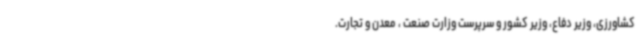
کشاورزی، وزیر دفاع، وزیر کشور و سرپرست وزارت صنعت ، معدن و تجارت.